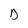
Character: D